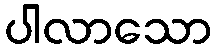
ပါလာသော